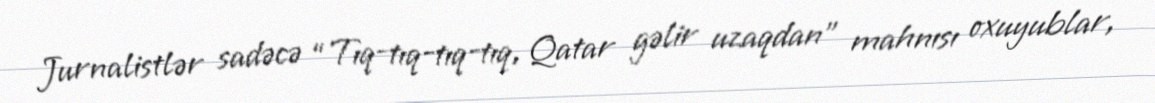
Jurnalistlər sadəcə “Tıq-tıq-tıq-tıq, Qatar gəlir uzaqdan” mahnısı oxuyublar,